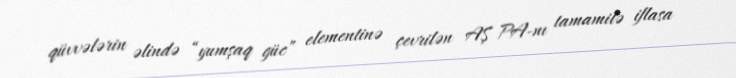
qüvvələrin əlində “yumşaq güc” elementinə çevrilən AŞ PA-nı tamamilə iflasa